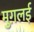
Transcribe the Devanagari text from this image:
मुग़लई